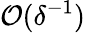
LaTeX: \mathcal{O}(\delta^{-1})